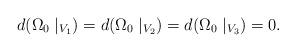
LaTeX: \begin{align*}d(\Omega_0\mid_{V_1})=d(\Omega_0\mid_{V_2})=d(\Omega_0\mid_{V_3})=0.\end{align*}